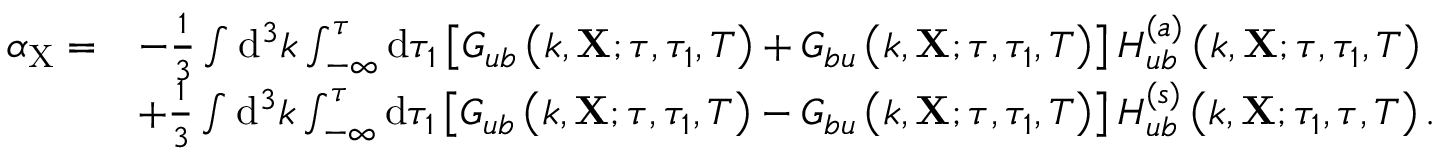
\begin{array} { r l } { \alpha _ { \mathrm { X } } = } & { - \frac { 1 } { 3 } \int \mathrm { d } ^ { 3 } k \int _ { - \infty } ^ { \tau } \mathrm { d } \tau _ { 1 } \left[ G _ { u b } \left( k , \mathbf { X } ; \tau , \tau _ { 1 } , T \right) + G _ { b u } \left( k , \mathbf { X } ; \tau , \tau _ { 1 } , T \right) \right] H _ { u b } ^ { ( a ) } \left( k , \mathbf { X } ; \tau , \tau _ { 1 } , T \right) } \\ & { + \frac { 1 } { 3 } \int \mathrm { d } ^ { 3 } k \int _ { - \infty } ^ { \tau } \mathrm { d } \tau _ { 1 } \left[ G _ { u b } \left( k , \mathbf { X } ; \tau , \tau _ { 1 } , T \right) - G _ { b u } \left( k , \mathbf { X } ; \tau , \tau _ { 1 } , T \right) \right] H _ { u b } ^ { ( s ) } \left( k , \mathbf { X } ; \tau _ { 1 } , \tau , T \right) . } \end{array}